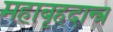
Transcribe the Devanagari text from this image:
महाबृहदान्त्र